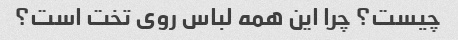
چیست؟ چرا این همه لباس روی تخت است؟